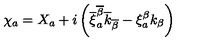
\chi _ { a } = X _ { a } + i \left( \overline { { \xi } } _ { a } ^ { \overline { { \beta } } } \overline { { k } } _ { \overline { { \beta } } } - \xi _ { a } ^ { \beta } k _ { \beta } \right)